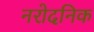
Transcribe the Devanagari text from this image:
नरोदनिक